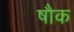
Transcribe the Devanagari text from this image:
षौक